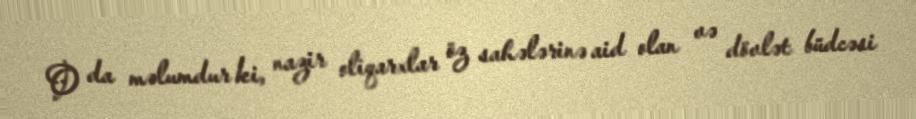
O da məlumdur ki, nazir oliqarxlar öz sahələrinə aid olan və dövlət büdcəsi